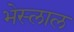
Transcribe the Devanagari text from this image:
भेस्‍लाल